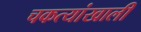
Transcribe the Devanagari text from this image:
चकत्यांखाली